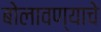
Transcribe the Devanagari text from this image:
बोलावण्याचे